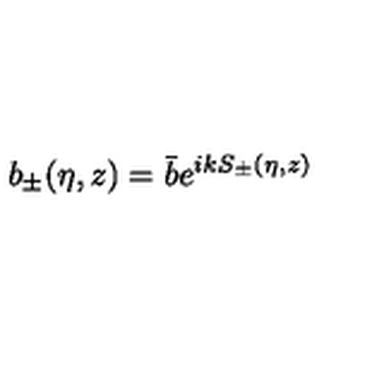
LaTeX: b _ { \pm } ( \eta , z ) = \bar { b } e ^ { i k S _ { \pm } ( \eta , z ) }